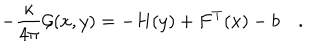
LaTeX: - { \frac { \kappa } { 4 \pi } } { \cal G } ( x , y ) = - H ( y ) + F ^ { T } ( x ) - b \quad .